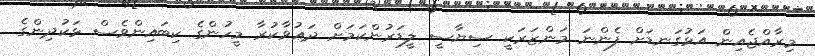
މިރާއްޖެއިން އަޅުގަނޑަށް ފެންނަ މަންޒަރަކީ ސިޔާސީ ލީޑަރުންކަމަށް ދަޢުވާކުރާ މީހުންގެ ކިބައިންވެސް ޅަކުދިންގެ